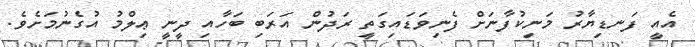
އެއީ ފަނޑިޔާރު މަނިކުފާނަށް ފެނިވަޑައިގަތީ ރަދުން އަރަބި ބަހާއި ދީނީ ޢިލްމު އުގެނުމަށެވެ.